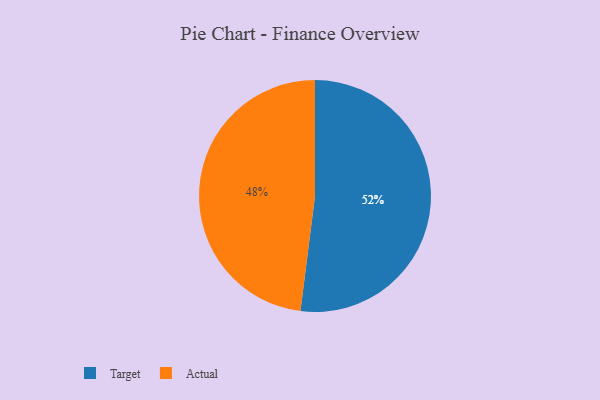
{"axis": {"x": "Category", "y": "Percentage"}, "legend": ["Actual", "Target"], "data": [{"x": "Actual", "y": 48, "type": "Actual"}, {"x": "Target", "y": 52, "type": "Target"}]}